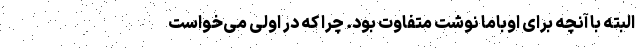
البته با آنچه برای اوباما نوشت متفاوت بود. چرا که در اولی می‌خواست